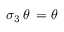
\sigma _ { 3 } \, \theta \, = \theta